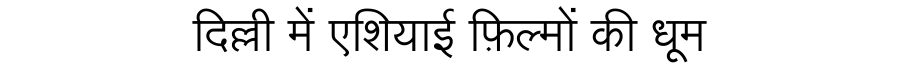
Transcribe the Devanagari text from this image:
दिल्ली में एशियाई फ़िल्मों की धूम